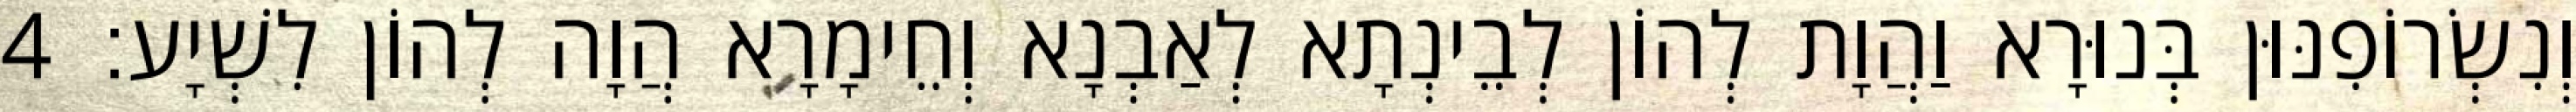
וְנִשְׂרוֹפִנּוּן בְּנוּרָא וַהֲוָת לְהוֹן לְבֵינְתָא לְאַבְנָא וְחֵימָרָא הֲוָה לְהוֹן לִשְׁיָע׃ 4